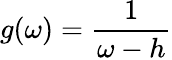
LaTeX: g(\omega)=\frac{1}{\omega-h}